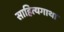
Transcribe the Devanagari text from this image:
साहित्यगाथा